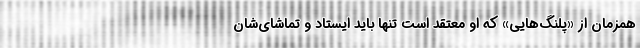
همزمان از «پلنگ‌هایی» که او معتقد است تنها باید ایستاد و تماشای‌شان